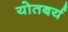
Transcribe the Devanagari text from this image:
योतबर्य